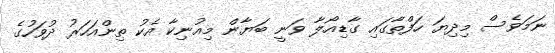
ނަމަވެސް މިދިޔަ ހަފްތާގައި ގާޑިއޯލާ ވަނީ ބަޔާން މިއުނިކާ އެކު ތިންއަހަރު ދުވަހުގެ